system: You are a helpful assistant.
user:
Analyze the provided spectrum to determine if it is a **M-type Giant (gM)**.

A M-type Giant spectrum is defined by its **strong molecular absorption** features, particularly from **Titanium Oxide (TiO)**. You must check for one of the following mutually exclusive signatures:

- **Key Visual Indicators (Absorption-Dominated Spectrum):**

    - **(Primary):** The spectrum is dominated by strong molecular absorption from **Titanium Oxide (TiO)**. This is the **defining feature** of its M-type temperature class.
        - **(Key Bandheads):** Look for sharp, "saw-tooth" absorption valleys. The strongest are located near **~7050 Å**, **~6160 Å**, and **~5170 Å**.
        - **(Line Profile):** The "saw-tooth" morphology is critical: a **sharp, steep drop on the BLUE (short-wavelength) side** of the bandhead, followed by a gradual recovery (rising flux) towards the RED (long-wavelength) side.

    - **(Key Confirmation - Giant vs. Dwarf):** **ABSENCE** of strong **Calcium Hydride (CaH)** molecular bands. This is the primary diagnostic for *excluding* M-dwarfs.
        - **(Key Region):** The spectrum should lack the strong, broad absorption band seen in dwarfs between **~6800 Å and ~7000 Å**.

    - **(Secondary Confirmation - Giant):** A very strong and broad **Neutral Calcium (Ca I)** atomic absorption line.
        - **(Key Line):** Located at **~4226 Å**. In a giant (gM), this line is significantly deeper and broader than the same line in an M-dwarf (dM) due to low surface gravity.

    - **(Overall Spectrum):**
        - The continuum is **extremely red-sloping** (i.e., flux is very low in the blue and rises dramatically towards the red).
        - The entire spectrum appears "chopped up" by the deep TiO bands.

Think first, call **spectral_visualization_tool** if needed to examine features in detail, then provide your final answer. Your response must adhere to the following strict rules:
1.  **Overall Structure:** Your response must follow the format `<think>...</think> <tool_call>...</tool_call> (if a tool is used) <answer>...</answer>`.
2.  **Tool Usage Constraint:** You may only make **one** tool call per turn.
3.  **Final Answer Format:** In the `<answer>` tag, your conclusion must be inside a `\boxed{}` command (e.g., `\boxed{YES}` or `\boxed{NO}`), followed by your justification.

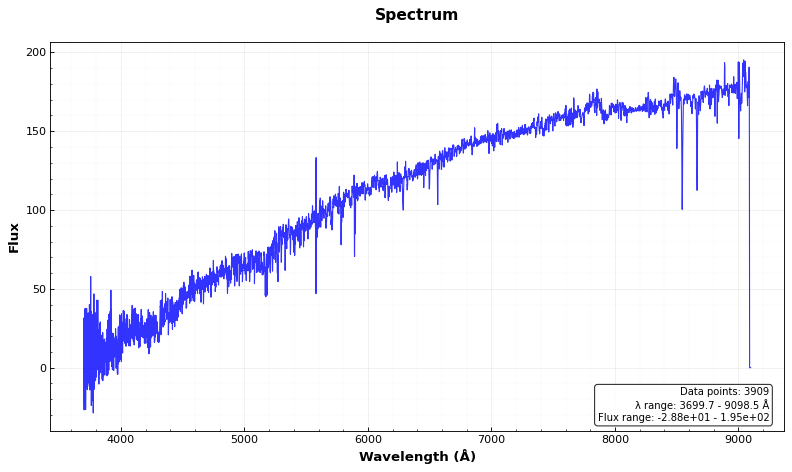
Answer: NO